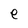
Character: e